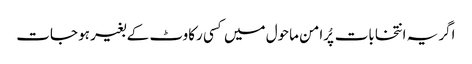
اگر یہ انتخابات پُرامن ماحول میں کسی رکاوٹ کے بغیر ہو جات